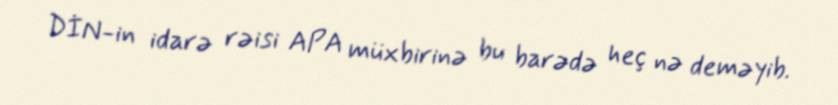
DİN-in idarə rəisi APA müxbirinə bu barədə heç nə deməyib.